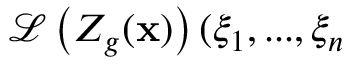
\mathcal { L } \left( Z _ { g } ( \mathbf { x } ) \right) ( \xi _ { 1 } , . . . , \xi _ { n }